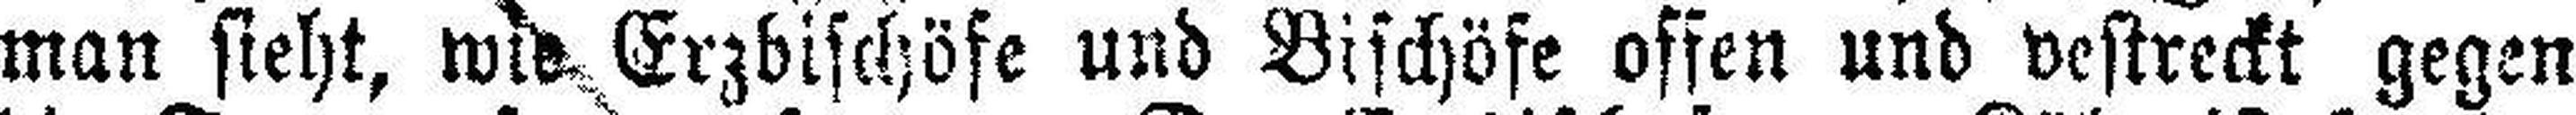
man sieht, wie Erzbischöfe und Bischöfe offen und vestreckt gegen